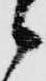
候